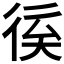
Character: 𢓽